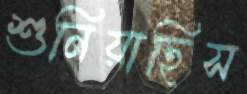
শুনিয়াছিস